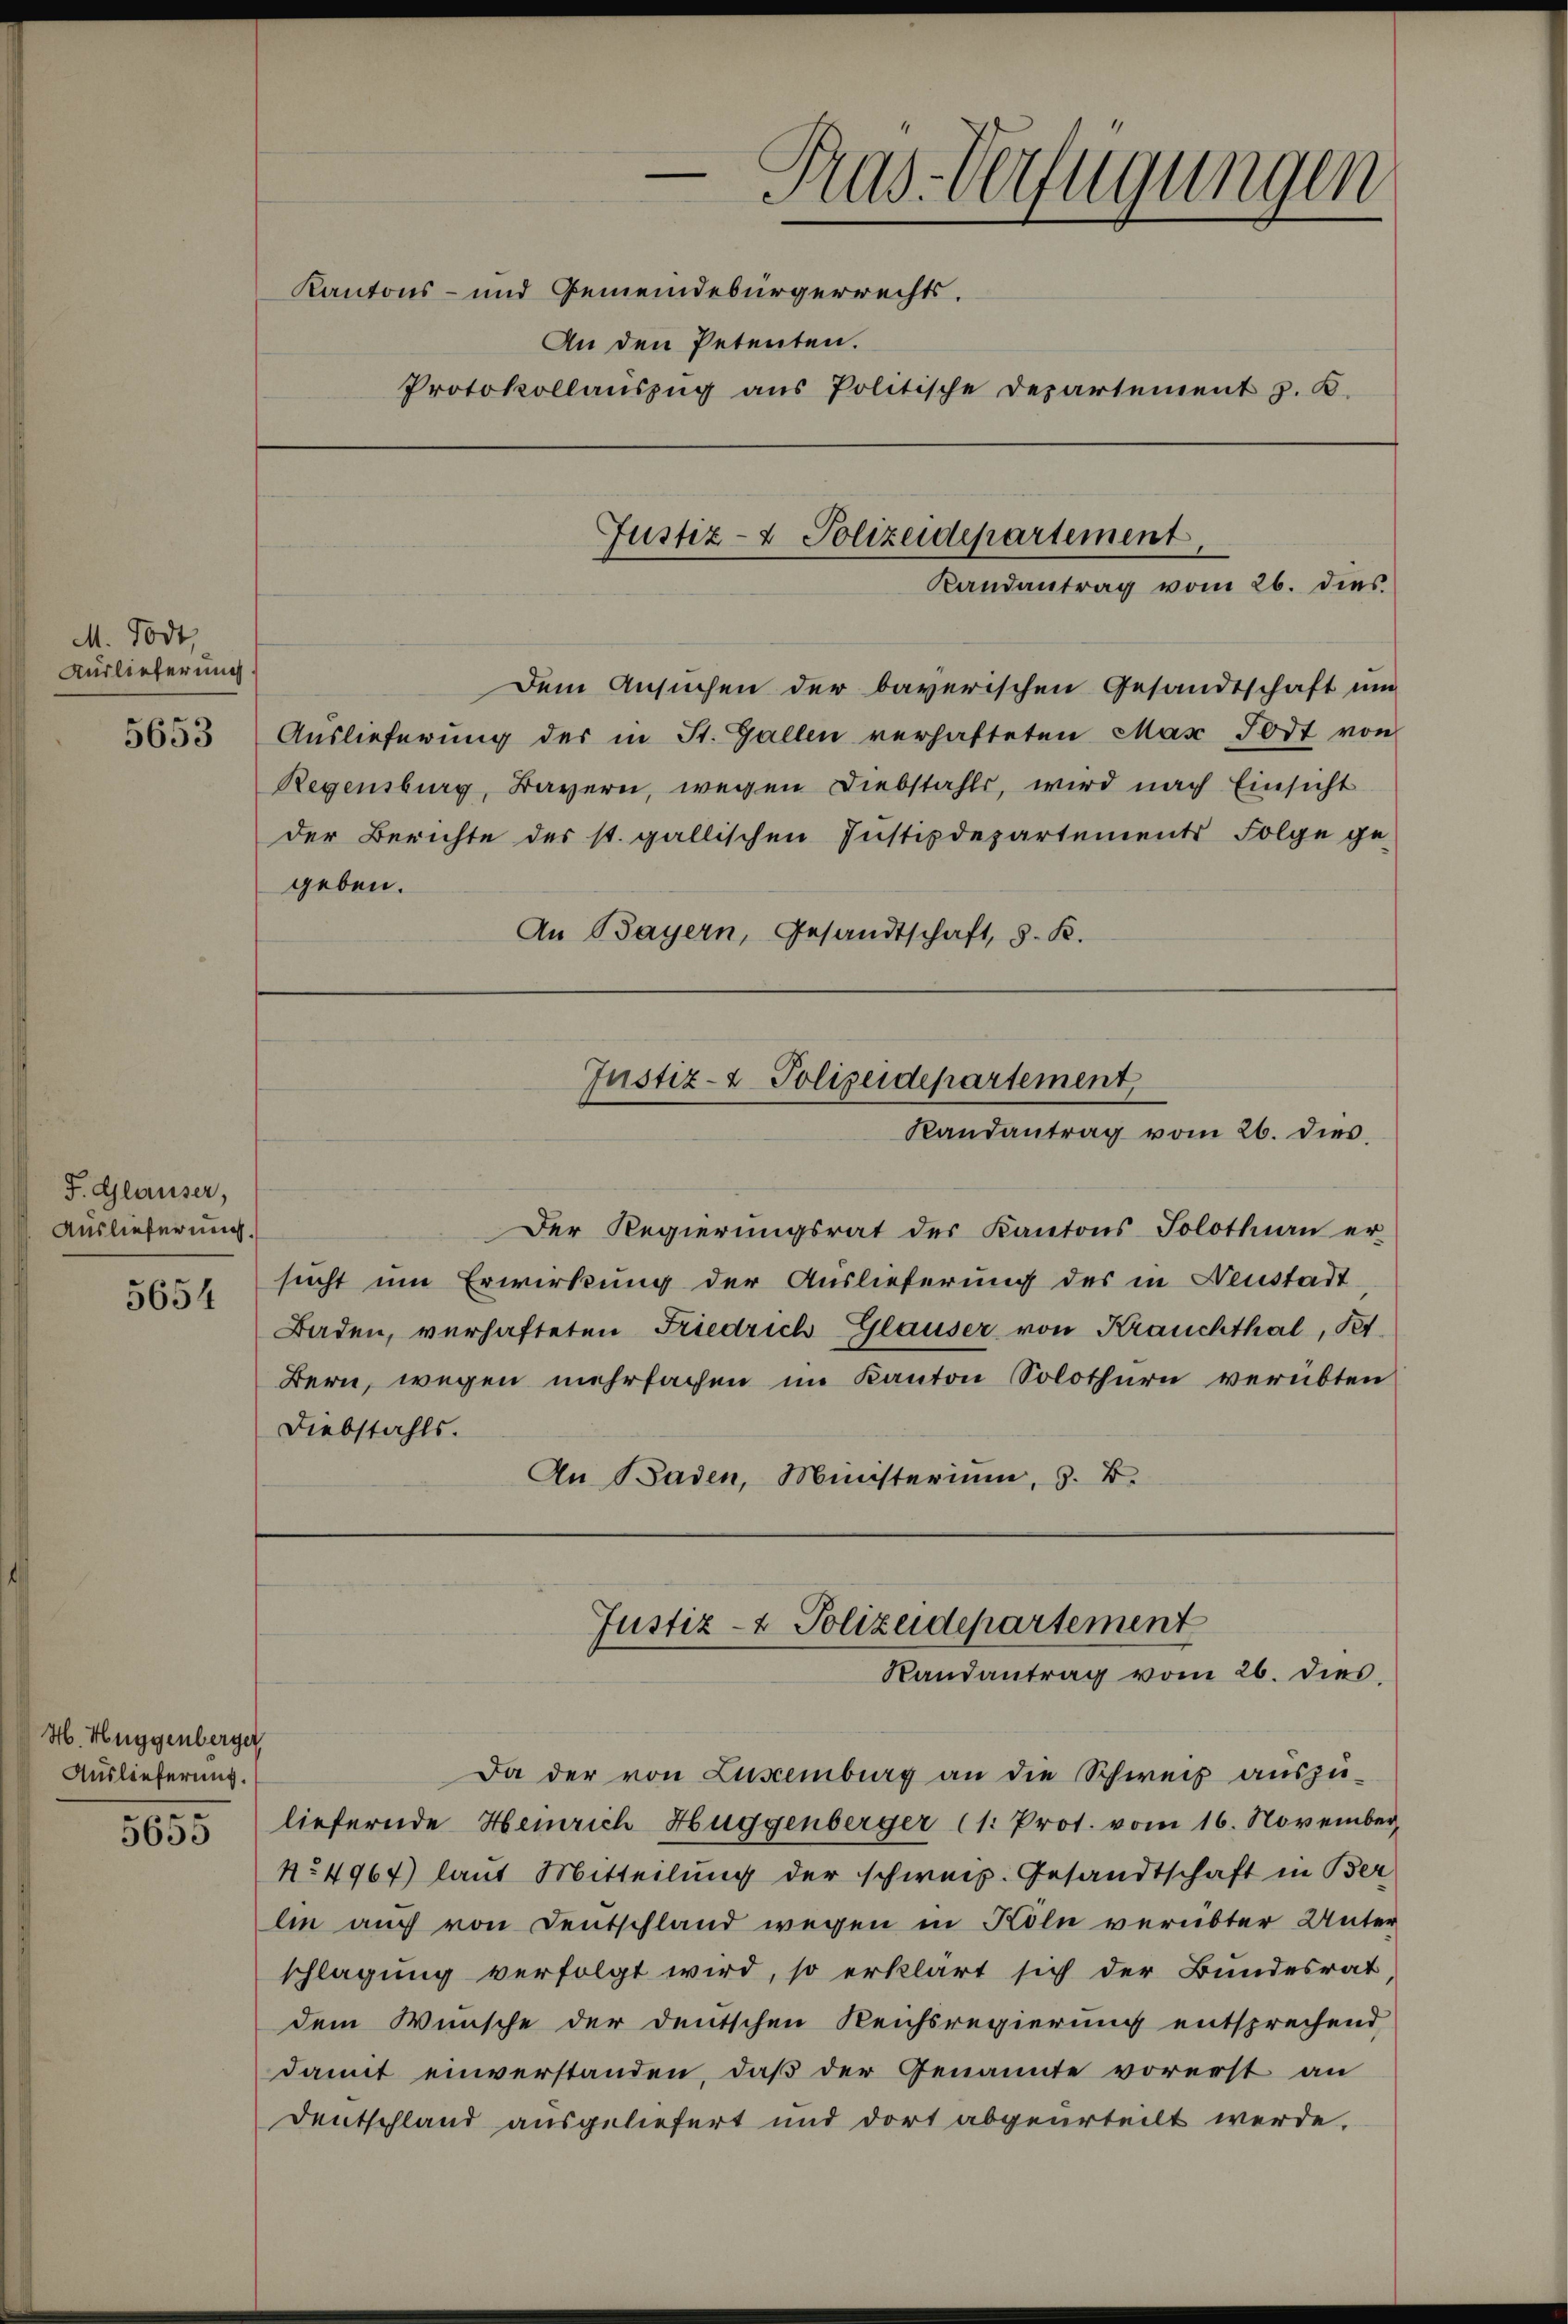
M. Todt,
Auslieferung.
5653

F. Glauser,
Auslieferung.
5654

H. Huggenberger
Auslieferung.
5655

Pras-Verfügungen
Kantons- und Gemeindebürgerrechts.
An den Petenten.
Protokollaŭszŭg aŭs Politische Departement z. B.
Justiz- & Polizeidepartement,

Dem Ansuchen der bayerischen Gesandtschaft um
Auslieferung der in St. Gallen verhafteten Mar Todt von
Regensburg, Bayern, wegen Diebstahls, wird nach Einsicht
der Berichte des st. gallischen Justizdepartements Folge ge-
geben.
An Bayern, Gesandtschaft, S. K.

Randantrag vom 26. dies

Justiz- & Polizeidepartement,
Randantrag vom 26. dies

Der Regierungsrat des Kantons Solothurn er-
sucht um Erwirkung der Auslieferung des in Neustadt
Baden, verhafteten Friedrich Glauser von Krauchthal, Pet
Bern, wegen mehrfachen im Kanton Solothurn verübten
Diebstahls.
An Baden, Ministerium, z. B.

Justiz- & Polizeidepartement
Randantrag vom 26. dies

Da der von Luscemberg an die Schweis aŭszŭ-
liefernde Heinrich Huggenberger (1: Prot. vom 16. November,
No 4967) laut Mitteilung der schweiz. Gesandtschaft in Ber
lin auch von Deutschland wegen in Köln verübter Unter
schlagung verfolgt wird, so erklärt sich der Bundesrat,
dem Wunsche der deutschen Reichsregierung entsprechend
damit einverstanden, daß der Genannte vorerst an
Deutschland ausgeliefert und dort abgeurteilt werde.